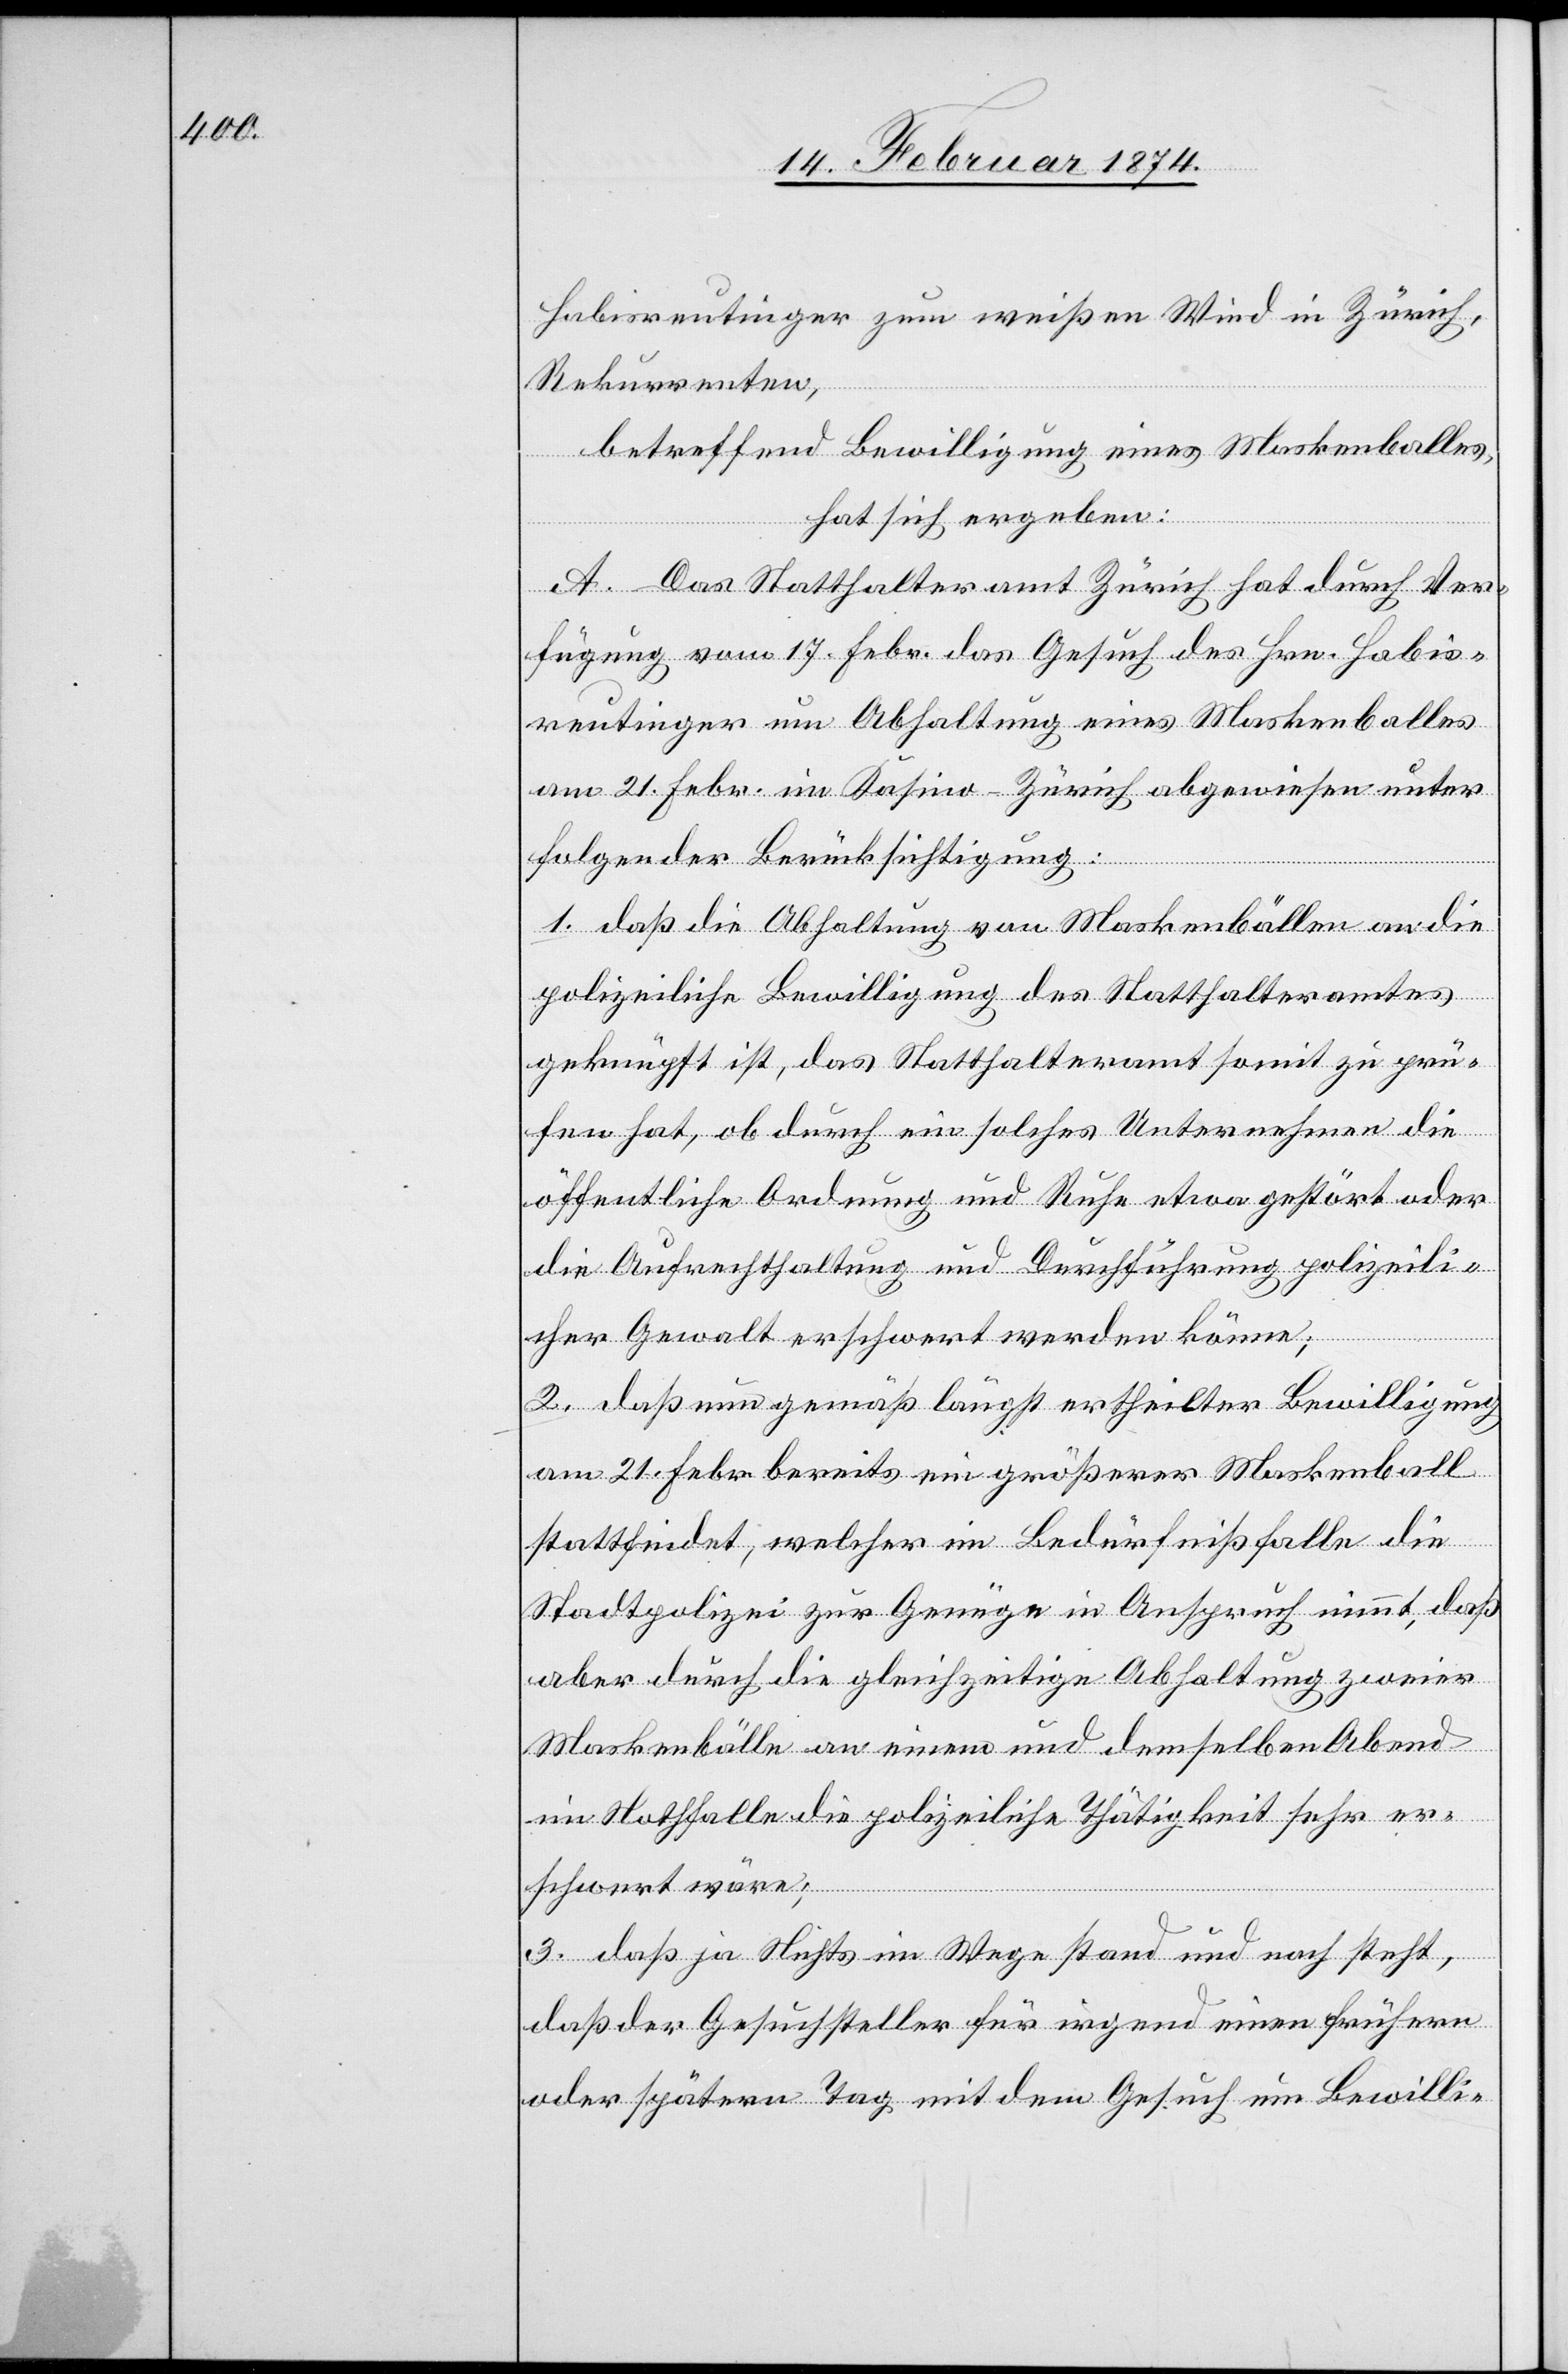
Habisreutinger zum weißen Wind in Zürich,
Rekurrenten,
betreffend Bewilligung eines Maskenballes,
hat sich ergeben:
A. Das Statthalteramt Zürich hat durch Ver¬
fügung vom 17. Febr. das Gesuch des Hrn. Habis¬
reutinger um Abhaltung eines Maskenballes
am 21. Febr. im Kasino-Zürich abgewiesen unter
folgender Berücksichtigung:
1. Daß die Abhaltung von Maskenbällen an die
polizeiliche Bewilligung des Statthalteramtes
geknüpft ist, das Statthalteramt somit zu prü¬
fen hat, ob durch ein solches Unternehmen die
öffentliche Ordnung und Ruhe etwa gestört oder
die Aufrechthaltung und Durchführung polizeili¬
cher Gewalt erschwert werden könne;
2. Daß nun gemäß längst ertheilter Bewilligung
am 21. Febr. bereits ein größerer Maskenball
stattfindet, welcher im Bedürfnißfalle die
Stadtpolizei zur Genüge in Anspruch nimmt, daß
aber durch die gleichzeitige Abhaltung zweier
Maskenbälle an einem und demselben Abend
im Nothfalle die polizeiliche Thätigkeit sehr er¬
schwert wäre;
3. Daß ja Nichts im Wege stand und noch steht,
daß der Gesuchsteller für irgend einen frühern
oder spätern Tag mit dem Gesuch um Bewilli-